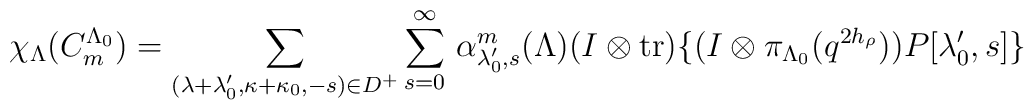
\chi_\Lambda(C_m^{\Lambda_0})=\sum_{(\lambda+\lambda_0',\kappa+\kappa_0,-s)\in D^+}\sum_{s=0}^\infty\,\alpha^m_{\lambda_0',s}(\Lambda)(I\otimes{\rm tr})\{(I\otimes\pi_{\Lambda_0}(q^{2h_\rho}))P[\lambda_0',s]\}